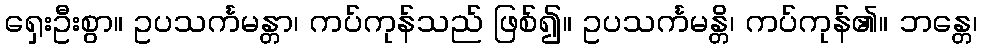
ရှေးဦးစွာ။ ဥပသင်္ကမန္တာ၊ ကပ်ကုန်သည် ဖြစ်၍။ ဥပသင်္ကမန္တိ၊ ကပ်ကုန်၏။ ဘန္တေ၊